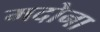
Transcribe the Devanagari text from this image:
मदोना